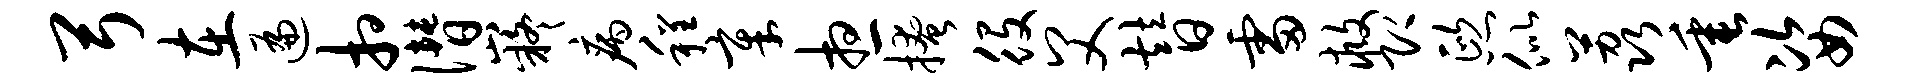
弓在遍相僭嶷病程章想掩役父替雷救即熙似荔垂姿